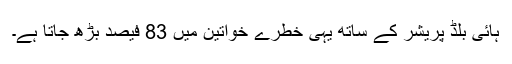
ہائی بلڈ پریشر کے ساتھ یہی خطرے خواتین میں 83 فیصد بڑھ جاتا ہے۔